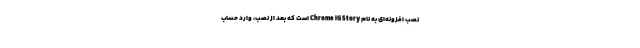
نصب افزونه‌ای به نام Chrome IG Story است که بعد از نصب، وارد حساب